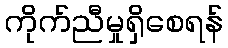
ကိုက်ညီမှုရှိစေရန်